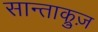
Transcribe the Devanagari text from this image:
सान्ताक्रुज़